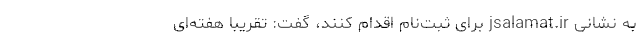
به نشانی jsalamat.ir برای ثبت‌نام اقدام کنند، گفت: تقریبا هفته‌ای